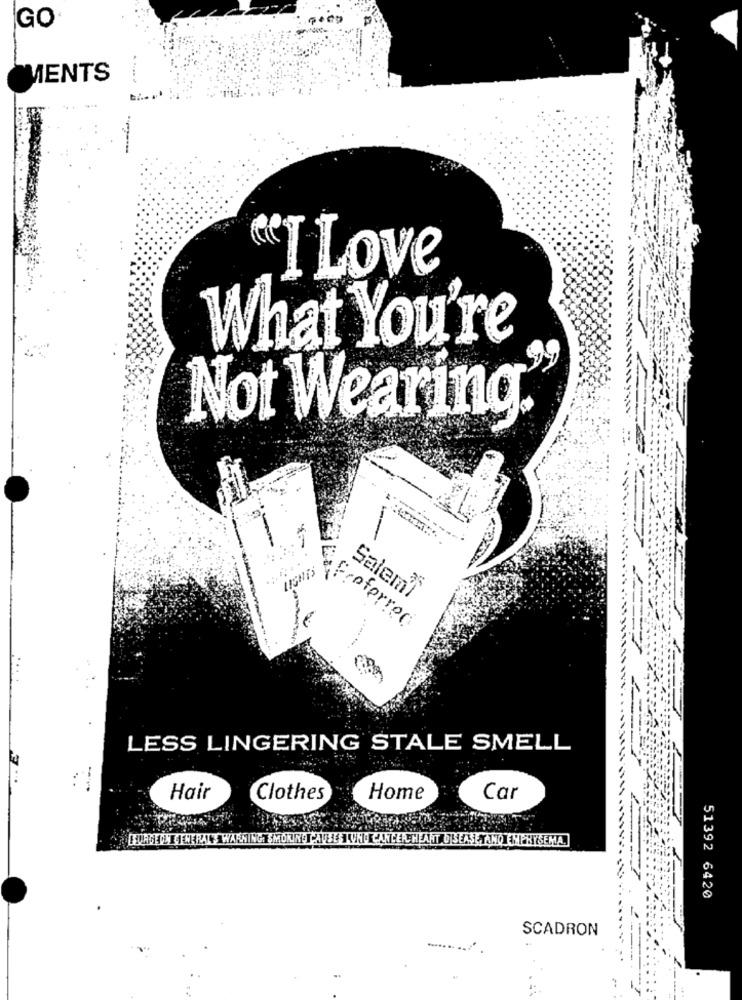
GO
MENTS
ILove
What You're
Not Wearing
Salemi
Froferred
LESS LINGERING STALE SMELL
-
Hair
Clothes
Home
Car
BEURRETOLTICERATS WARNING. SMOKING CAUSES TUHA CANCER HEART DISEASETANTO EMERYSEMA.
51392 6420
SCADRON